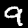
Digit: 9